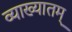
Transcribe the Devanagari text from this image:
व्याख्यातम्